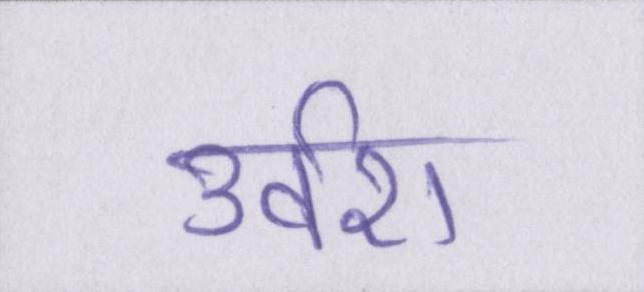
उर्वरा